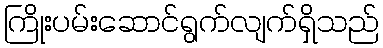
ကြိုးပမ်းဆောင်ရွက်လျက်ရှိသည်